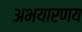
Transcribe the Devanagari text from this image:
अभयारणय